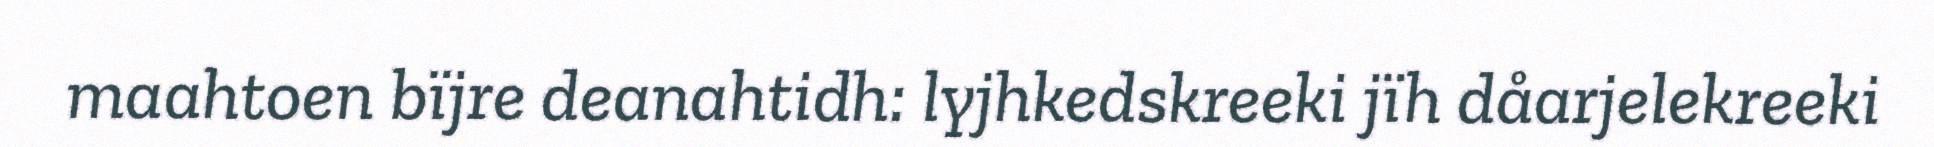
maahtoen bïjre deanahtidh: lyjhkedskreeki jïh dåarjelekreeki